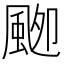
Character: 𱂾